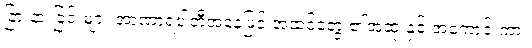
ခြားနားခြင်းများ အာဏာရပါတီအနေဖြင့် အထင်တွေ ၏အဆုံးနှင့် အကောင်းကား